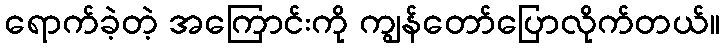
ရောက်ခဲ့တဲ့ အကြောင်းကို ကျွန်တော်ပြောလိုက်တယ်။